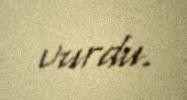
vurdu.